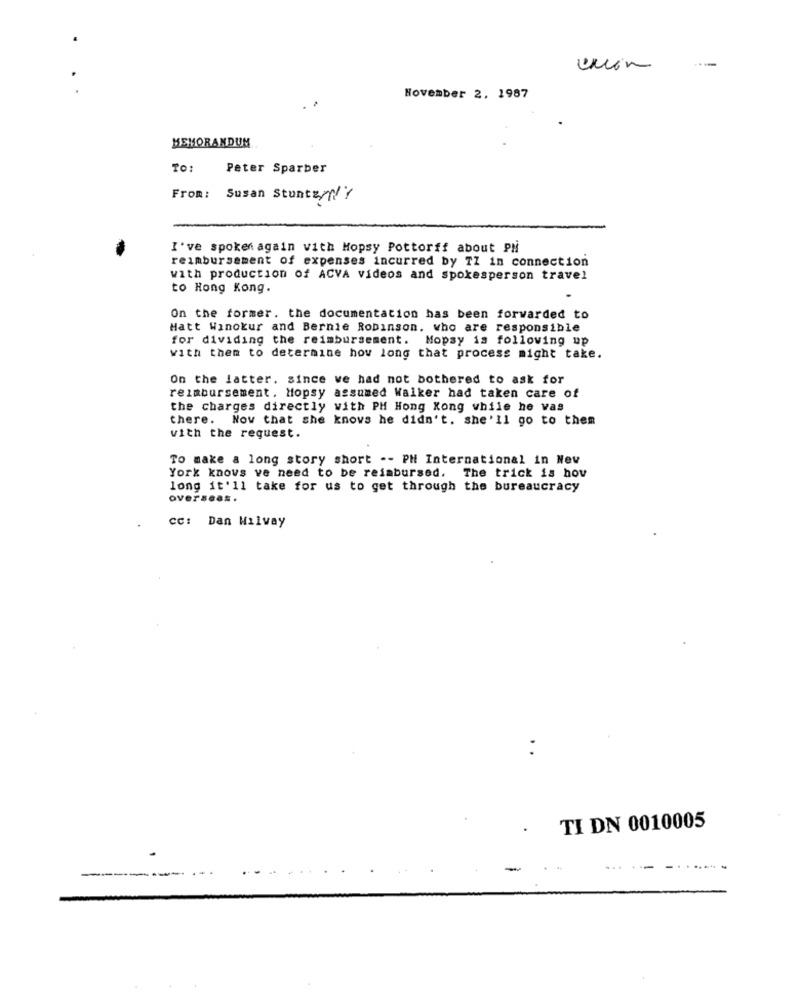
November 2. 1987
MEMORANDUM
TO:
Peter Sparber
From:
Susan Stunter !!!
I've spoken again vith Hopsy Pottorff about PM
reimbursement of expenses incurred by TZ in connection
with production of ACVA videos and spokesperson travel
to Hong Kong.
On the former. the documentation has been forwarded to
Hatt Winokur and Bernie Robinson, who are responsible
for dividing the reimbursement. Mopsy is following up
with them to determine how long that process might take.
On the latter. since we had not bothered to ask for
reimbursement. Hopsy assumed Walker had taken care of
the charges directly with PH Hong Kong while he vas
there. Nov that she knows he didn't. she'll go to them
with the request.
To make a long story short -- PH International in Nev
York knows ve need to be reimbursed. The trick is hov
long it'll take for us to get through the bureaucracy
overseas.
cc: Dan Wilvay
TI DN 0010005
...
-